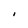
Character: I